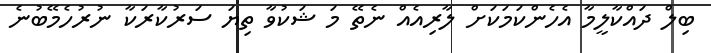
ބިލް ދައްކާލީމާ އެހެންކަމަކަށް ލާރިއެއް ނެތޭ މަ ޝަކުވާ ތިޔަ ސަރުކާރަކާ ނުރުހެމޭބުނެ